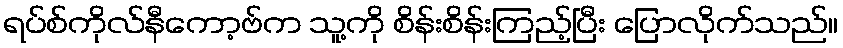
ရပ်စ်ကိုလ်နီကော့ဗ်က သူ့ကို စိန်းစိန်းကြည့်ပြီး ပြောလိုက်သည်။